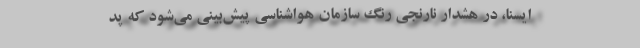
ایسنا، در هشدار نارنجی ‌رنگ سازمان هواشناسی پیش‌بینی می‌شود که پد